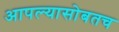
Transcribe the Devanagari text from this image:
आपल्यासोबतच